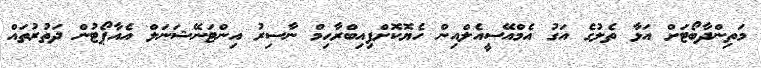
މަތިންދާބޯޓަށް އަޅާ ތެލުގެ އަގު އެމްއޭސީއެލްއިން ހެޔޮކޮށްފިއިބްރާހިމް ނާސިރު އިންޓަނޭޝަނަލް އެއާޕޯޓުން ދަތުރުތައް